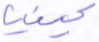
كينيا